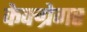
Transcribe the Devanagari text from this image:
केक्ग्रेगर